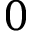
0